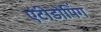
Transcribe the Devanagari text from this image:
एंटीडोपिंग